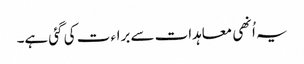
یہ اُنھی معاہدات سے براء ت کی گئی ہے۔